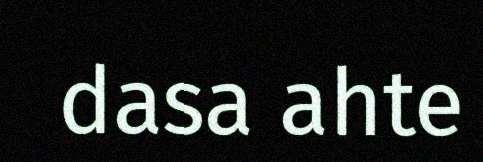
dasa ahte